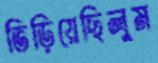
ভিড়িয়েছিলুম